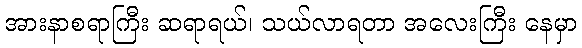
အားနာစရာကြီး ဆရာရယ်၊ သယ်လာရတာ အလေးကြီး နေမှာ